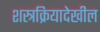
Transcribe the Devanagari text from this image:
शस्त्रक्रियादेखील